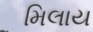
મિલાય